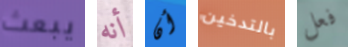
يبعث أنه أن بالتدخين فعل